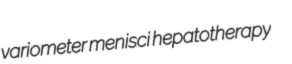
variometer menisci hepatotherapy